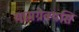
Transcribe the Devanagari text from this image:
यामग्रेवयसि